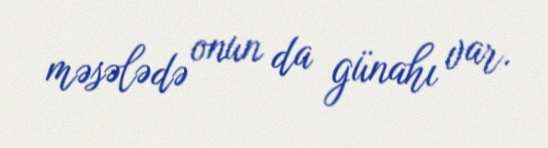
məsələdə onun da günahı var.